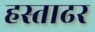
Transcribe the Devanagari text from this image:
हस्ताढर